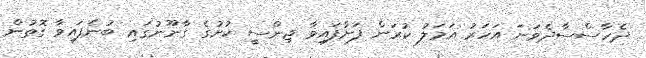
ދެހާސްސާދެވަނަ އަހަރު އަމަލު ކުރަން ފަށާފައިވާ ޖިންސީ ކުށުގެ ގާނޫނުގައި ބުނެފައިވާ ގޮތުން